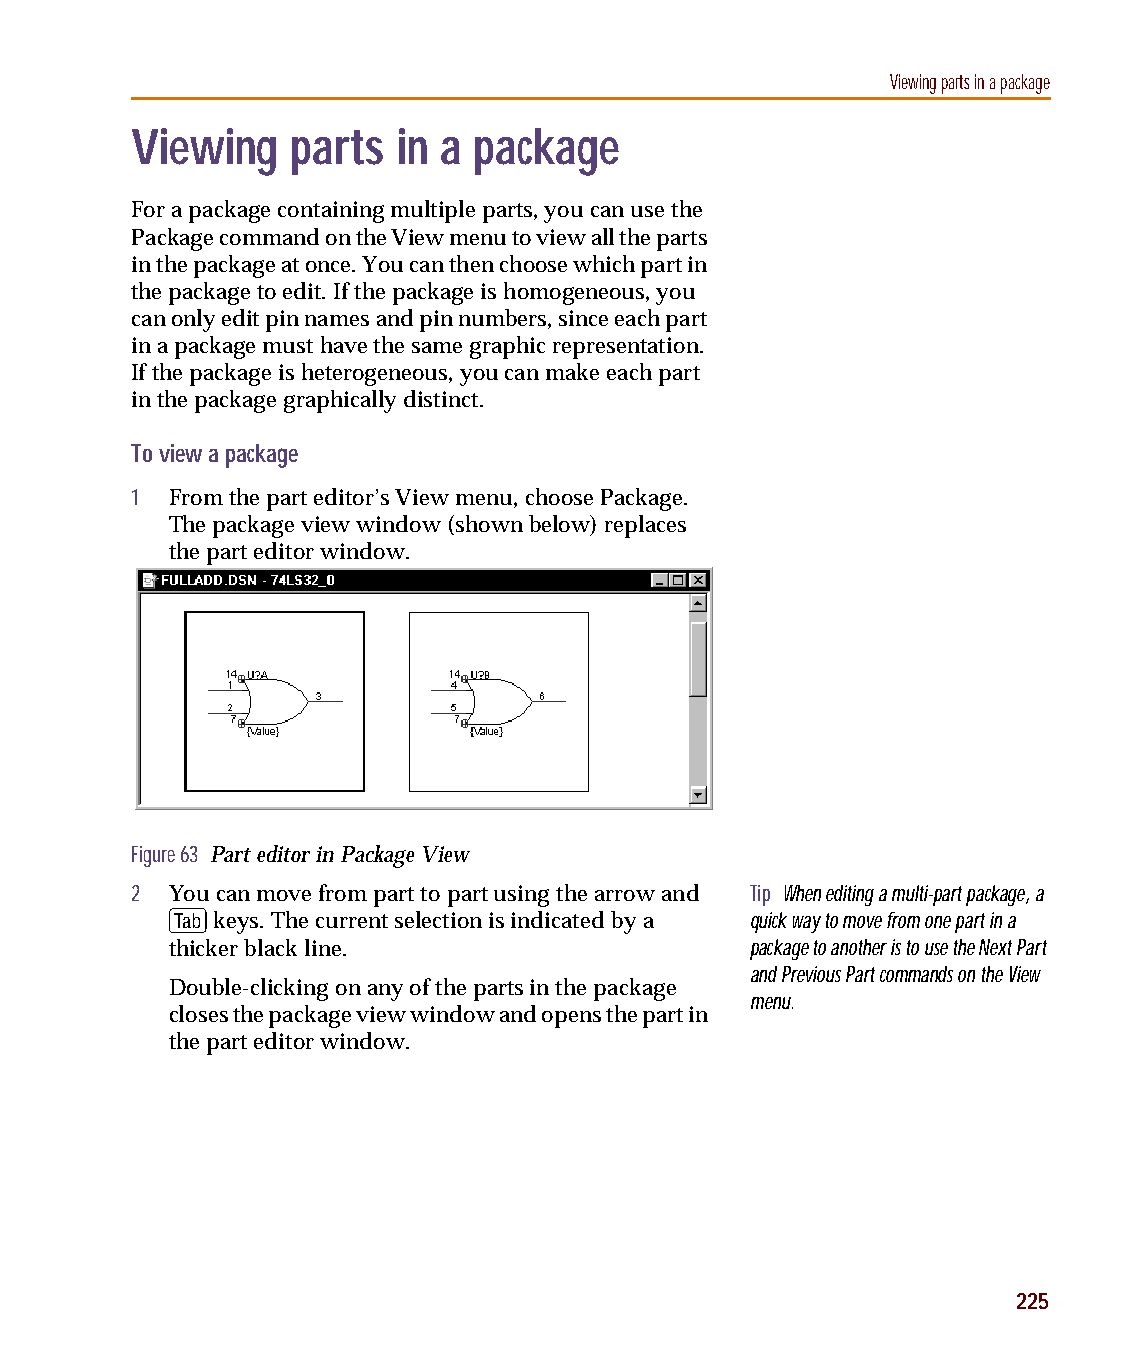
capug.book Page 225 Thursday, November 12, 1998 3:38 PM
 Viewing parts in a package
 Viewing   parts  in a package
 For a package containing multiple parts, you can use the
 Package command on the View menu to view all the parts
 in the package at once. You can then choose which part in
 the package to edit. If the package is homogeneous, you
 can only edit pin names and pin numbers, since each part
 in a package must have the same graphic representation.
 If the package is heterogeneous, you can make each part
 in the package graphically distinct.
 To view a package
 1 From the part editor’s View menu, choose Package.
 The package view window (shown below) replaces
 the part editor window.
 Figure 63 Part editor in Package View
 2 You can move from part to part using the arrow and Tip When editing a multi-part package, a
 F
 keys. The current selection is indicated by a quick way to move from one part in a
 thicker black line.                    package to another is to use the Next Part
 and Previous Part commands on the View
 Double-clicking on any of the parts in the package
 menu.
 closes the package view window and opens the part in
 the part editor window.
 225